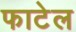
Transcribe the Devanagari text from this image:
फाटेल